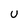
Character: u